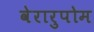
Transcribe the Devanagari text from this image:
वेरारुपोम